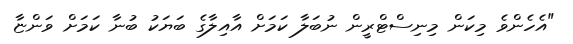
"އެހެންވެ މިކަން މިނިސްޓްރީން ނުބަލާ ކަމަށް އާއިލާގެ ބަޔަކު ބުނާ ކަމަށް ވަންޏާ